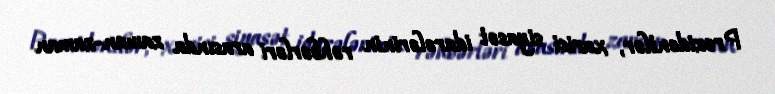
Prezidentlər, xarici siyasət idarələrinin rəhbərləri arasında zaman-zaman